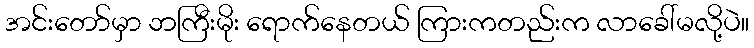
အင်းတော်မှာ ဘကြီးမိုး ရောက်နေတယ် ကြားကတည်းက လာခေါ်မလို့ပဲ။